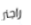
راجنر